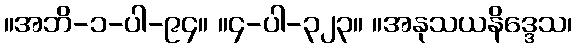
။အဘိ-၁-ပါ-၉၄။ ။၄-ပါ-၃၂၃။ ။အနုသယနိဒ္ဒေသ၊